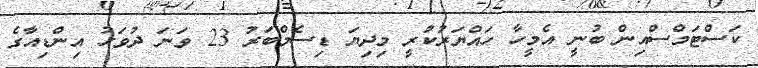
ކަސްޓަމްސްއިން ބުނީ އެމީހާ ހައްޔަރުކުރީ މިދިޔަ ޑިސެމްބަރު 23 ވަނަ ދުވަހު އިންޑިއާގެ